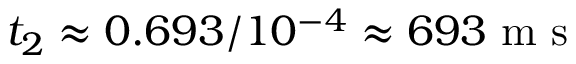
t _ { 2 } \approx 0 . 6 9 3 / 1 0 ^ { - 4 } \approx 6 9 3 \mathrm { ~ m ~ s ~ }